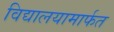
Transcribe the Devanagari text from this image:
विद्यालयामार्फत